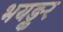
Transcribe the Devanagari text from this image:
भयङ्कर